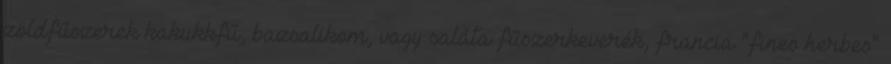
zöldfűszerek kakukkfű, bazsalikom, vagy saláta fűszerkeverék, francia "fines herbes"